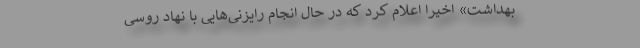
بهداشت» اخیرا اعلام کرد که در حال انجام رایزنی‌هایی‌ با نهاد روسی